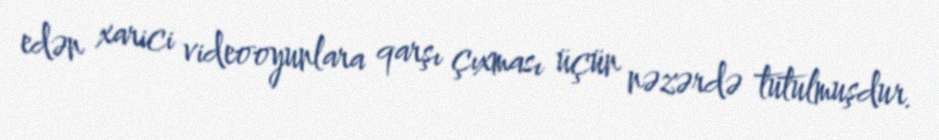
edən xarici videooyunlara qarşı çıxması üçün nəzərdə tutulmuşdur.